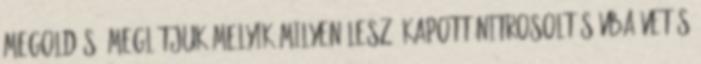
megoldás, meglátjuk melyik milyen lesz. Kapott nitrosolt sávba vetés